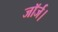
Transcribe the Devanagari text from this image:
जॉर्ज।